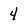
Character: 4